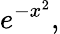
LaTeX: e^{-x^{2}},